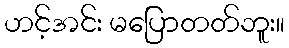
ဟင့်အင်း မပြောတတ်ဘူး။